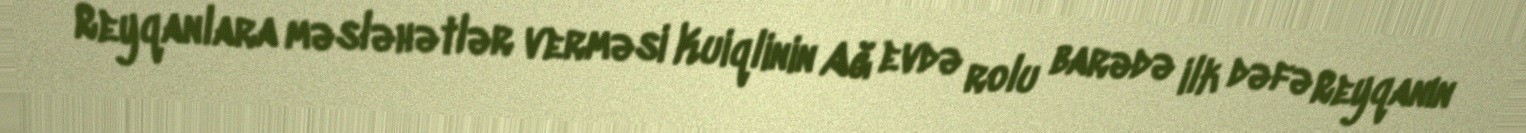
Reyqanlara məsləhətlər verməsi Kuiqlinin Ağ evdə rolu barədə ilk dəfə Reyqanın